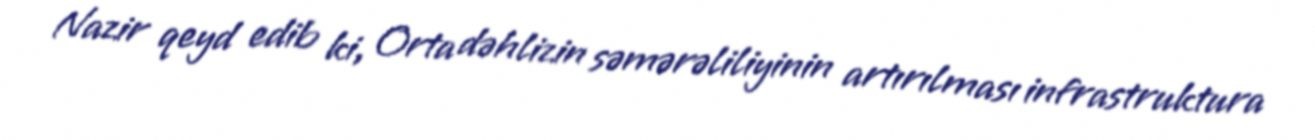
Nazir qeyd edib ki, Orta dəhlizin səmərəliliyinin artırılması infrastruktura